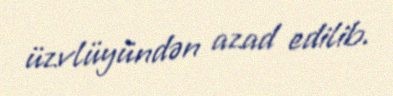
üzvlüyündən azad edilib.